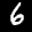
Label: 6